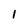
Character: 1